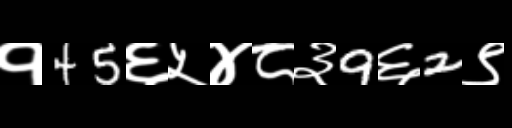
Text: १45६५४८३9६2९